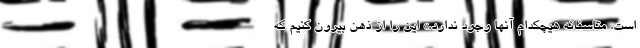
است. متاسفانه هیچکدام آنها وجود ندارد.» این را از ذهن بیرون کنیم که